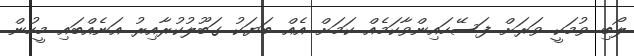
ލޯބި ވުމަކީ ވަރަށް ފަސޭހައިންވާކަމެއް ކަމަށް އެއް ބަޔަކު ގަބޫލުކުރާއިރު އަނެއްބައި މީހުން